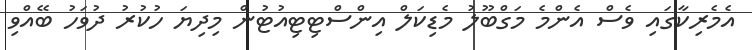
އެމެރިކާގައި ވެސް އެންމެ މަގްބޫލު މެޑިކަލް އިންސްޓިޓިއުޓުން މިދިޔަ ހުކުރު ދުވަހު ބޭއްވި